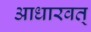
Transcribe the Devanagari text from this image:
आधारवत्